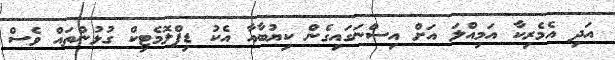
އަދި އެމެރިކާ އަމިއްލަ އަށް އިސްނަގައިގެން ކިޔުބާއާ އެކު ޑިޕްލޮމެޓިކް ގުޅުންތައް ވެސް